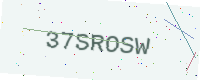
Text: 37SROSW